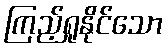
ကြည့်ရှုနိုင်သော